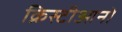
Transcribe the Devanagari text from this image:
क्रिस्टीआनो